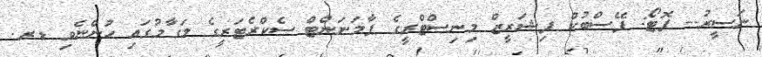
ނަސީރު-- ފޮޓޯ: ފޭސްބުކް ފިޝަރީޒް މިނިސްޓްރީގެ ޕާމަނަންޓް ސެކްރެޓަރީގެ މަގާމުގައި ހުންނެވި ޑރ.